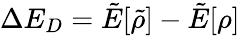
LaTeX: \Delta E_{D}=\tilde{E}[\tilde{\rho}]-\tilde{E}[\rho]